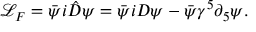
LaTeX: \mathcal { L } _ { F } = \bar { \psi } i \hat { D } \psi = \bar { \psi } i D \psi - \bar { \psi } \gamma ^ { 5 } \partial _ { 5 } \psi .